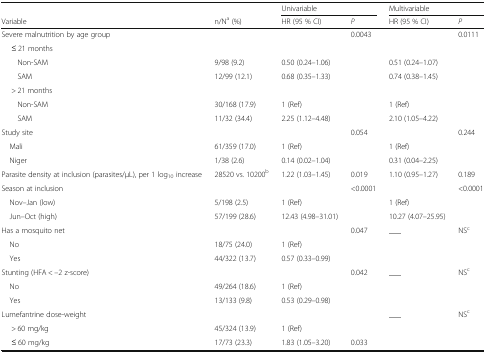
<table><thead><tr><td></td><td></td><td colspan="2"><b>Univariable</b></td><td colspan="2"><b>Multivariable</b></td></tr><tr><td><b>Variable</b></td><td><b>n/N<sup>a</sup> (%)</b></td><td><b>HR (95 % CI)</b></td><td><b><i>P</i></b></td><td><b>HR (95 % CI)</b></td><td><b><i>P</i></b></td></tr></thead><tbody><tr><td>Severe malnutrition by age group</td><td></td><td></td><td rowspan="7">0.0043</td><td></td><td rowspan="7">0.0111</td></tr><tr><td>≤ 21 months</td><td></td><td></td><td></td></tr><tr><td>Non-SAM</td><td>9/98 (9.2)</td><td>0.50 (0.24–1.06)</td><td>0.51 (0.24–1.07)</td></tr><tr><td>SAM</td><td>12/99 (12.1)</td><td>0.68 (0.35–1.33)</td><td>0.74 (0.38–1.45)</td></tr><tr><td>&gt; 21 months</td><td></td><td></td><td></td></tr><tr><td>Non-SAM</td><td>30/168 (17.9)</td><td>1 (Ref)</td><td>1 (Ref)</td></tr><tr><td>SAM</td><td>11/32 (34.4)</td><td>2.25 (1.12–4.48)</td><td>2.10 (1.05–4.22)</td></tr><tr><td>Study site</td><td></td><td></td><td rowspan="3">0.054</td><td></td><td rowspan="3">0.244</td></tr><tr><td> Mali</td><td>61/359 (17.0)</td><td>1 (Ref)</td><td>1 (Ref)</td></tr><tr><td> Niger</td><td>1/38 (2.6)</td><td>0.14 (0.02–1.04)</td><td>0.31 (0.04–2.25)</td></tr><tr><td>Parasite density at inclusion (parasites/μL), per 1 log<sub>10</sub> increase</td><td>28520 vs. 10200<sup>b</sup></td><td>1.22 (1.03–1.45)</td><td>0.019</td><td>1.10 (0.95–1.27)</td><td>0.189</td></tr><tr><td>Season at inclusion</td><td></td><td></td><td rowspan="3">&lt;0.0001</td><td></td><td rowspan="3">&lt;0.0001</td></tr><tr><td> Nov–Jan (low)</td><td>5/198 (2.5)</td><td>1 (Ref)</td><td>1 (Ref)</td></tr><tr><td> Jun–Oct (high)</td><td>57/199 (28.6)</td><td>12.43 (4.98–31.01)</td><td>10.27 (4.07–25.95)</td></tr><tr><td>Has a mosquito net</td><td></td><td></td><td rowspan="3">0.047</td><td rowspan="3">___</td><td rowspan="3">NS<sup>c</sup></td></tr><tr><td> No</td><td>18/75 (24.0)</td><td>1 (Ref)</td></tr><tr><td> Yes</td><td>44/322 (13.7)</td><td>0.57 (0.33–0.99)</td></tr><tr><td>Stunting (HFA &lt; –2 z-score)</td><td></td><td></td><td rowspan="3">0.042</td><td rowspan="3">___</td><td rowspan="3">NS<sup>c</sup></td></tr><tr><td> No</td><td>49/264 (18.6)</td><td>1 (Ref)</td></tr><tr><td> Yes</td><td>13/133 (9.8)</td><td>0.53 (0.29–0.98)</td></tr><tr><td>Lumefantrine dose-weight</td><td></td><td></td><td></td><td rowspan="3">___</td><td rowspan="3">NS<sup>c</sup></td></tr><tr><td>&gt; 60 mg/kg</td><td>45/324 (13.9)</td><td>1 (Ref)</td><td></td></tr><tr><td>≤ 60 mg/kg</td><td>17/73 (23.3)</td><td>1.83 (1.05–3.20)</td><td>0.033</td></tr></tbody></table>